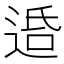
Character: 𨓈